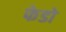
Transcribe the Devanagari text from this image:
फेडो